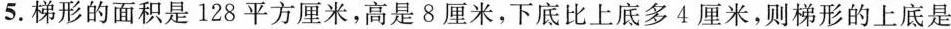
5.梯形的面积是128平方厘米，高是8厘米，下底比上底多4厘米，则梯形的上底是